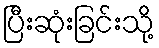
ပြီးဆုံးခြင်းသို့